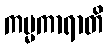
ကမ္မကာရာတိ